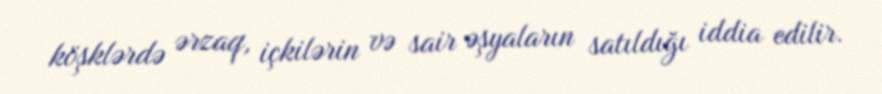
köşklərdə ərzaq, içkilərin və sair əşyaların satıldığı iddia edilir.